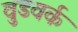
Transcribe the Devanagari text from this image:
वुडवर्क